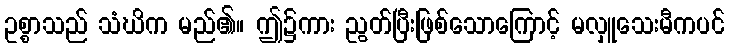
ဥစ္စာသည် သံဃိက မည်၏။ ဤ၌ကား ညွတ်ပြီးဖြစ်သောကြောင့် မလှူသေးမီကပင်